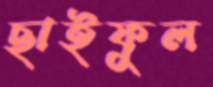
ছাইফুল